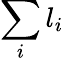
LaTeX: \sum_{i}l_{i}